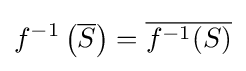
f^{-1}\left({\overline {S}}\right)={\overline {f^{-1}(S)}}